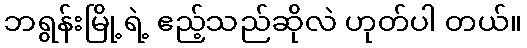
ဘရွန်းမြို့ရဲ့ ဧည့်သည်ဆိုလဲ ဟုတ်ပါ တယ်။